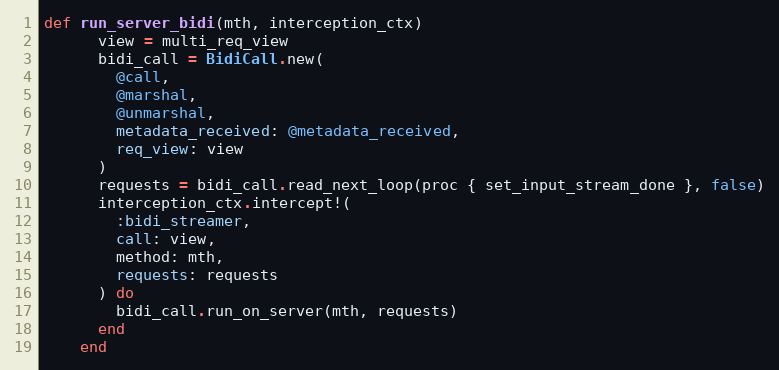
Language: Ruby
def run_server_bidi(mth, interception_ctx)
      view = multi_req_view
      bidi_call = BidiCall.new(
        @call,
        @marshal,
        @unmarshal,
        metadata_received: @metadata_received,
        req_view: view
      )
      requests = bidi_call.read_next_loop(proc { set_input_stream_done }, false)
      interception_ctx.intercept!(
        :bidi_streamer,
        call: view,
        method: mth,
        requests: requests
      ) do
        bidi_call.run_on_server(mth, requests)
      end
    end